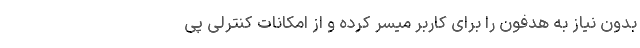
بدون نیاز به هدفون را برای کاربر میسر کرده و از امکانات کنترلی پی